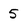
Character: 5